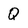
Character: Q